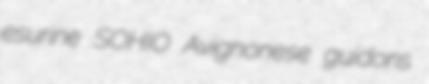
esurine SOHIO Avignonese guidons